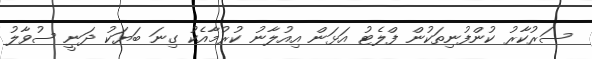
ސަރުކާރު ކުންފުނިތަކުން ފްލެޓު އަޅަން އިއުލާނު ކުރުމާއެކު ގިނަ ބަޔަކު ދަނީ ސުވާލު